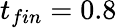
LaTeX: t_{fin}=0.8